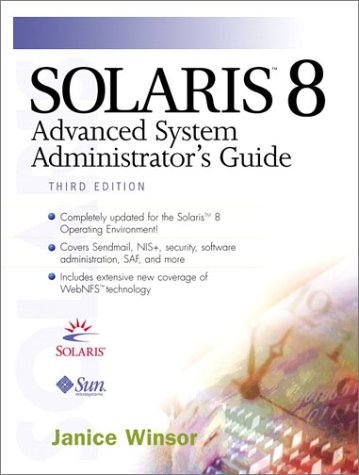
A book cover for Solaris 8 Advanced System Administrator's Guide (3rd Edition); Janice Winsor; Computers & Technology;